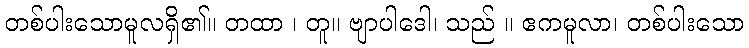
တစ်ပါးသောမူလရှိ၏။ တထာ ၊ တူ။ ဗျာပါဒေါ၊ သည် ။ ဧကမူလာ၊ တစ်ပါးသော